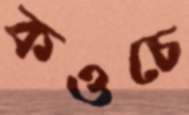
কওচে